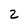
Character: 2